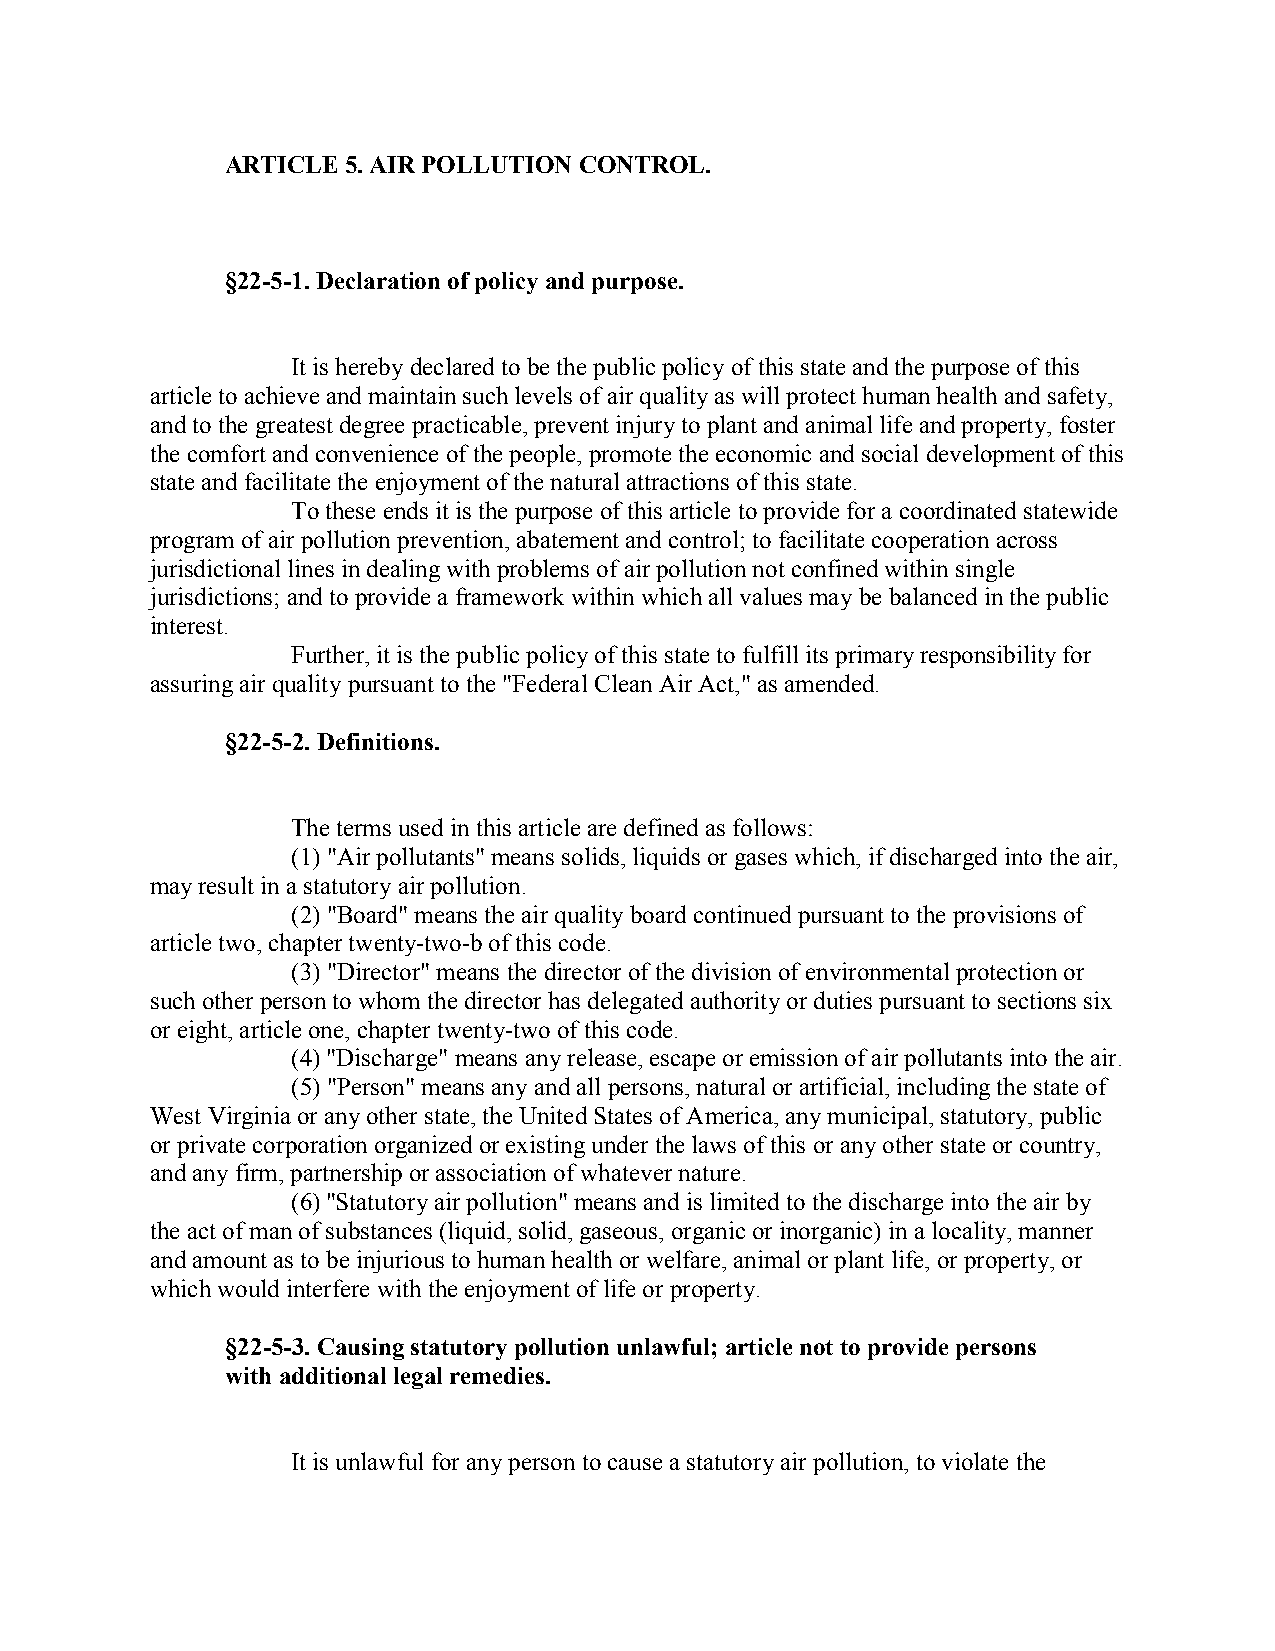
ARTICLE 5. AIR POLLUTION CONTROL.
 §22-5-1. Declaration of policy and purpose.
 It is hereby declared to be the public policy of this state and the purpose of this
 article to achieve and maintain such levels of air quality as will protect human health and safety,
 and to the greatest degree practicable, prevent injury to plant and animal life and property, foster
 the comfort and convenience of the people, promote the economic and social development of this
 state and facilitate the enjoyment of the natural attractions of this state.
 To these ends it is the purpose of this article to provide for a coordinated statewide
 program of air pollution prevention, abatement and control; to facilitate cooperation across
 jurisdictional lines in dealing with problems of air pollution not confined within single
 jurisdictions; and to provide a framework within which all values may be balanced in the public
 interest.
 Further, it is the public policy of this state to fulfill its primary responsibility for
 assuring air quality pursuant to the "Federal Clean Air Act," as amended.
 §22-5-2. Definitions.
 The terms used in this article are defined as follows:
 (1) "Air pollutants" means solids, liquids or gases which, if discharged into the air,
 may result in a statutory air pollution.
 (2) "Board" means the air quality board continued pursuant to the provisions of
 article two, chapter twenty-two-b of this code.
 (3) "Director" means the director of the division of environmental protection or
 such other person to whom the director has delegated authority or duties pursuant to sections six
 or eight, article one, chapter twenty-two of this code.
 (4) "Discharge" means any release, escape or emission of air pollutants into the air.
 (5) "Person" means any and all persons, natural or artificial, including the state of
 West Virginia or any other state, the United States of America, any municipal, statutory, public
 or private corporation organized or existing under the laws of this or any other state or country,
 and any firm, partnership or association of whatever nature.
 (6) "Statutory air pollution" means and is limited to the discharge into the air by
 the act of man of substances (liquid, solid, gaseous, organic or inorganic) in a locality, manner
 and amount as to be injurious to human health or welfare, animal or plant life, or property, or
 which would interfere with the enjoyment of life or property.
 §22-5-3. Causing statutory pollution unlawful; article not to provide persons
 with additional legal remedies.
 It is unlawful for any person to cause a statutory air pollution, to violate the